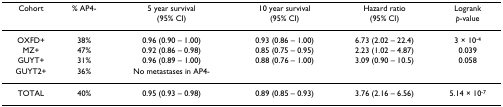
<table><thead><tr><td><b>Cohort</b></td><td><b>% AP4-</b></td><td><b>5 year survival(95% CI)</b></td><td><b>10 year survival(95% CI)</b></td><td><b>Hazard ratio(95% CI)</b></td><td><b>Logrank<i>p</i>-value</b></td></tr></thead><tbody><tr><td>OXFD+</td><td>38%</td><td>0.96 (0.90 – 1.00)</td><td>0.93 (0.86 – 1.00)</td><td>6.73 (2.02 – 22.4)</td><td>3 × 10<sup>-4</sup></td></tr><tr><td>MZ+</td><td>47%</td><td>0.92 (0.86 – 0.98)</td><td>0.85 (0.75 – 0.95)</td><td>2.23 (1.02 – 4.87)</td><td>0.039</td></tr><tr><td>GUYT+</td><td>31%</td><td>0.96 (0.89 – 1.00)</td><td>0.88 (0.76 – 1.00)</td><td>3.09 (0.90 – 10.5)</td><td>0.058</td></tr><tr><td>GUYT2+</td><td>36%</td><td>No metastases in AP4-</td><td></td><td></td><td></td></tr><tr><td>TOTAL</td><td>40%</td><td>0.95 (0.93 – 0.98)</td><td>0.89 (0.85 – 0.93)</td><td>3.76 (2.16 – 6.56)</td><td>5.14 × 10<sup>-7</sup></td></tr></tbody></table>